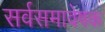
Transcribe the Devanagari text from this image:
सर्वसमावेषक